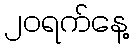
၂၀ရက်နေ့